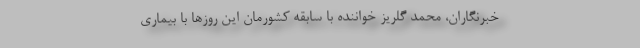
خبرنگاران، محمد گلریز خواننده با سابقه کشورمان این روز‌ها با بیماری